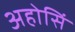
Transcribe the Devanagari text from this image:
अहोसिं